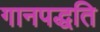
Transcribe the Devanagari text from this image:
गानपद्धति